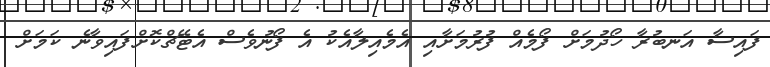
ފައިސާ އަނބުރާ ހޯދުމަށް ފޯމެއް ފުރުމަށާއި އެމެއިލާއެކު އެ ފޯނުވެސް އެޓޭޗްކޮށްފައިވާނެ ކަމަށް